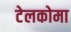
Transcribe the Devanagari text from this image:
टेलकोमा